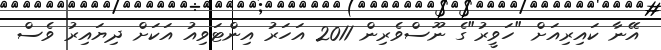
އޭނާ ކައިރިއަށް "ހަވީރު"ގެ ނޫސްވެރިން 2011 އަހަރު އިންޓަވިއު އަކަށް ދިޔައިރު ވެސް